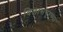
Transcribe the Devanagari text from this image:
विलासपूरच्या